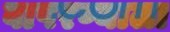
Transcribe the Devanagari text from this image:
वापरण्याला